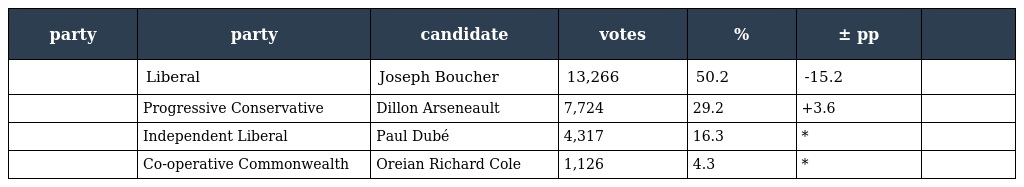
| party | party | candidate | votes | % | ± pp |  |
 | --- | --- | --- | --- | --- | --- | --- |
 |  | Liberal | Joseph Boucher | 13,266 | 50.2 | -15.2 |  |
 |  | Progressive Conservative | Dillon Arseneault | 7,724 | 29.2 | +3.6 |  |
 |  | Independent Liberal | Paul Dubé | 4,317 | 16.3 | * |  |
 |  | Co-operative Commonwealth | Oreian Richard Cole | 1,126 | 4.3 | * |  |